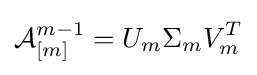
{\mathcal {A}}_{[m]}^{m-1}=U_{m}\Sigma _{m}V_{m}^{T}